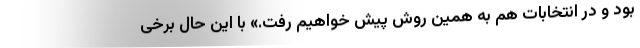
بود و در انتخابات هم به همین روش پیش خواهیم رفت.» با این حال برخی